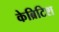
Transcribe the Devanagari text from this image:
केब्रिटिश